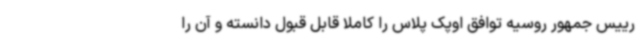
رییس جمهور روسیه توافق اوپک پلاس را کاملا قابل قبول دانسته و آن را